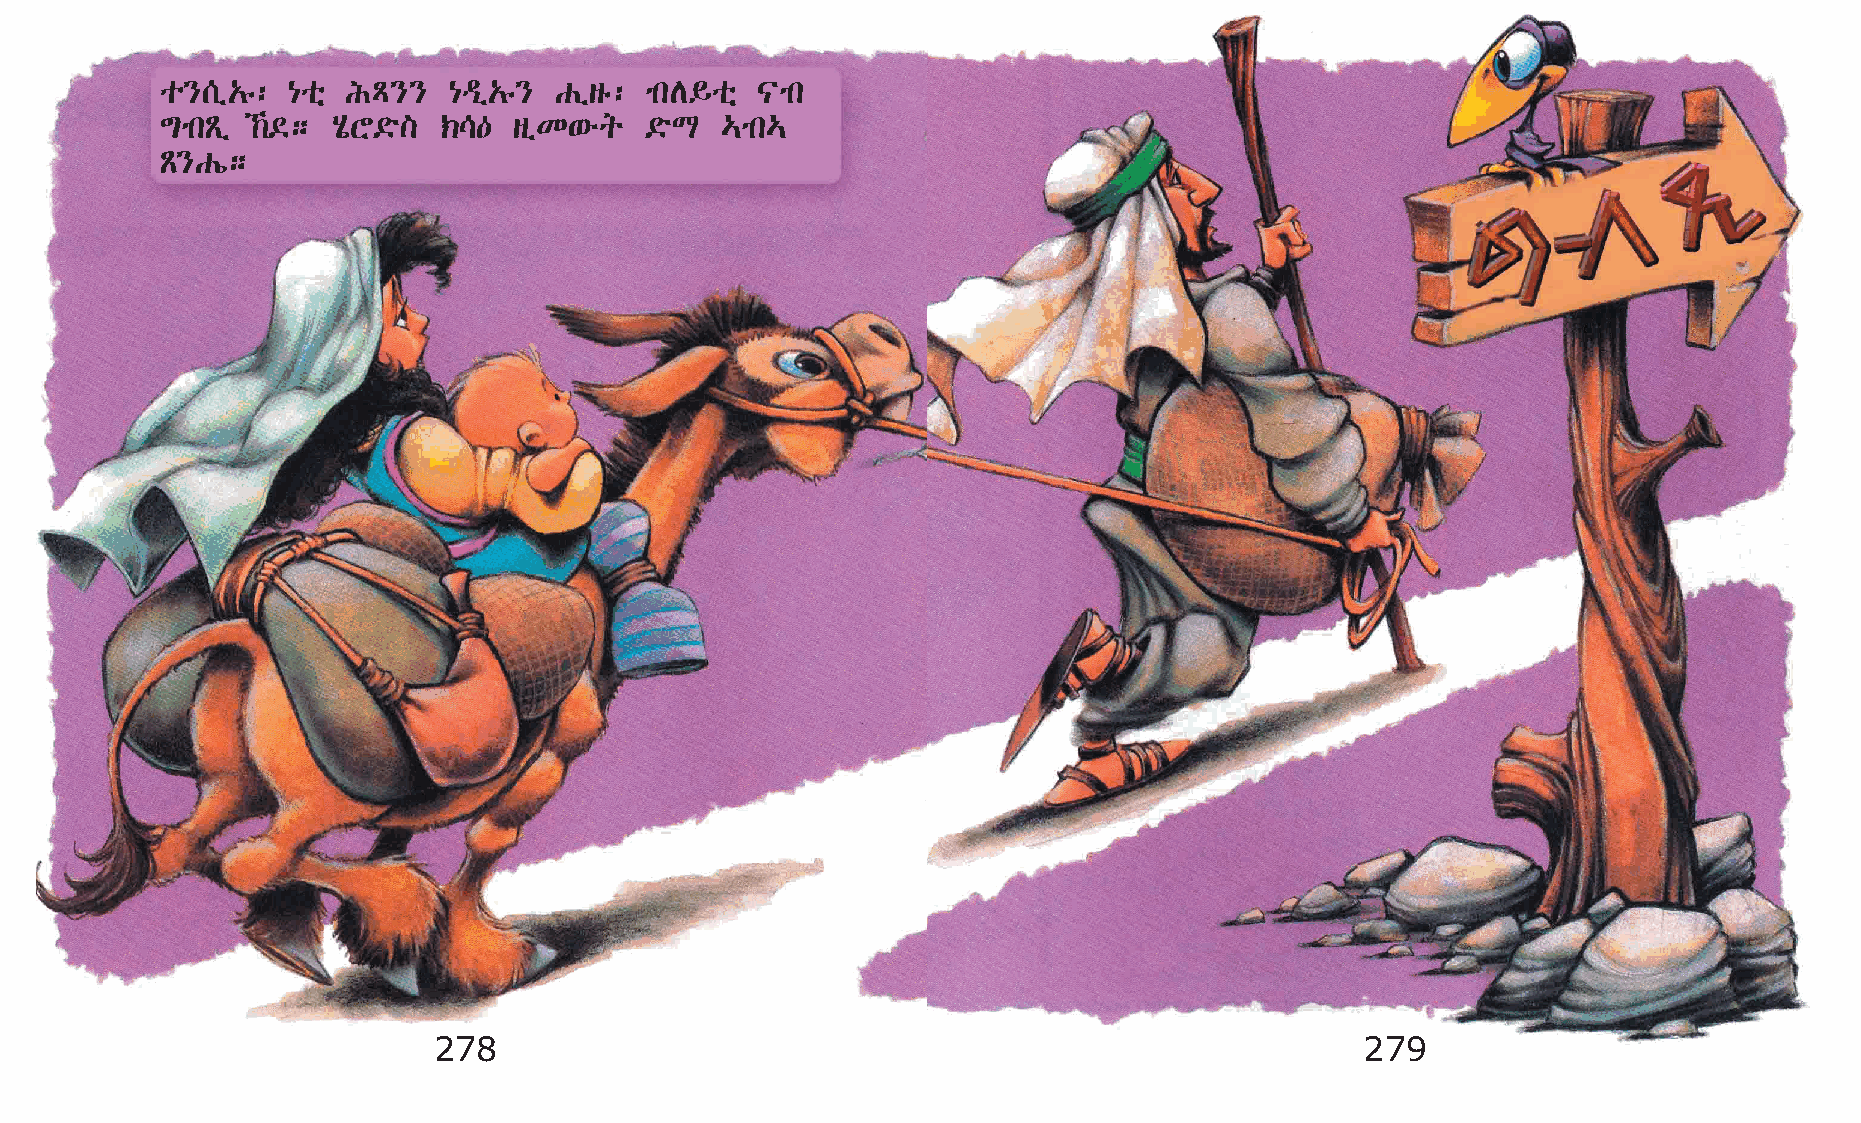
o}[ï„ê: {oñ IÄ}}   {ªï„ê} Gïsê: mkD§oñ |mk
 ´mkÃï ‰©; AôY©ö] ‹\—  sïK‘éq   ©öL  …mk…
 Ã}Gí;
 278                                                          279